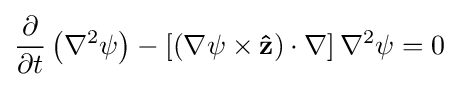
{\frac {\partial }{\partial t}}\left(\nabla ^{2}\psi \right)-\left[\left(\nabla \psi \times \mathbf {\hat {z}} \right)\cdot \nabla \right]\nabla ^{2}\psi =0